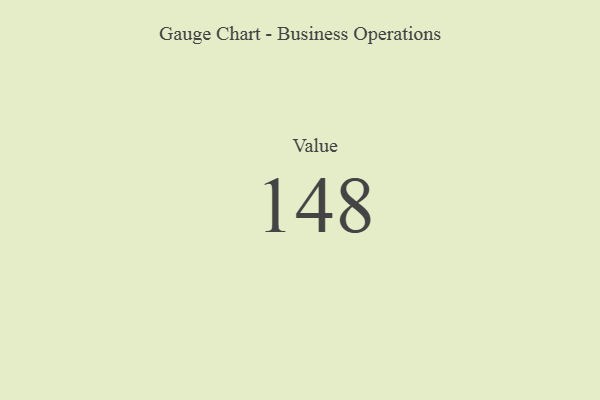
{"axis": {"x": "Metric", "y": "Value"}, "legend": [""], "data": [{"x": "Value", "y": 148, "type": ""}]}